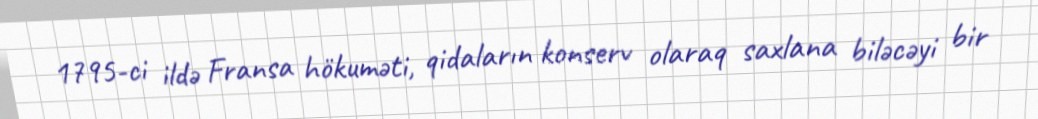
1795-ci ildə Fransa hökuməti, qidaların konserv olaraq saxlana biləcəyi bir